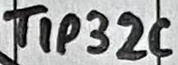
Text: TIP32C